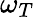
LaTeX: \omega_{T}